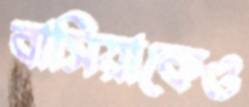
বাসিয়াকেও